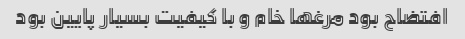
افتضاح بود مرغها خام و با کیفیت بسیار پایین بود